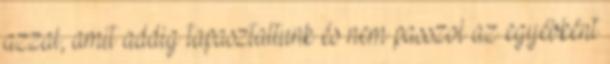
azzal, amit addig tapasztaltunk és nem passzol az egyébként